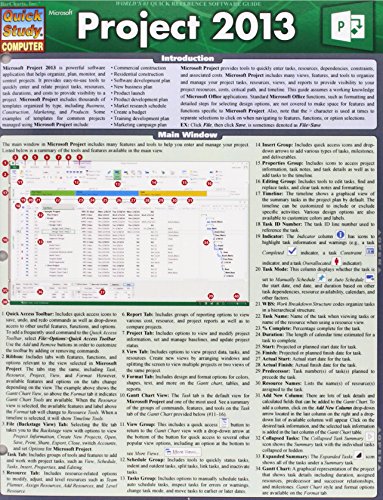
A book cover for Microsoft Project 2013 (Quick Study Computer); Inc. BarCharts; Computers & Technology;